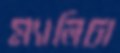
ম্যালিচা